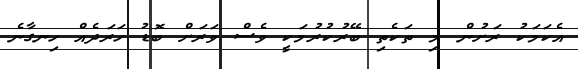
އެކަމަކު ރަށުން މި ތަކެތި ބޭރުކުރުމަކީ ވެސް ވަރަށް ބޮޑު ހަރަދެއް ހިނގާނެ